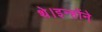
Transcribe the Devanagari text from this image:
थे।इन्होंने